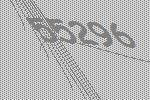
55296